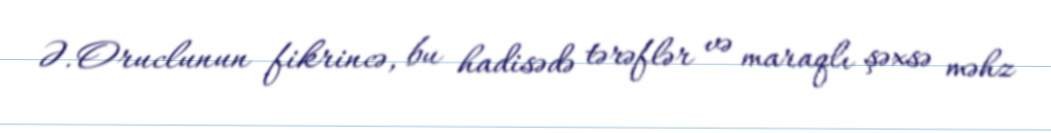
Ə.Oruclunun fikrincə, bu hadisədə tərəflər və maraqlı şəxsə məhz